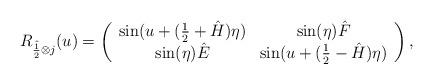
LaTeX: \begin{align*}R_{\hat{\frac12} \otimes j} (u) =\left(\begin{array}{cccc}\sin(u+(\frac{1}{2}+\hat{H})\eta) & \sin(\eta) \hat{F} \\\sin(\eta) \hat{E} & \sin(u+(\frac{1}{2}-\hat{H})\eta) \\\end{array}\right),\end{align*}